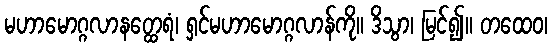
မဟာမောဂ္ဂလာနတ္ထေရံ၊ ရှင်မဟာမောဂ္ဂလာန်ကို။ ဒိသွာ၊ မြင်၍။ တထေဝ၊